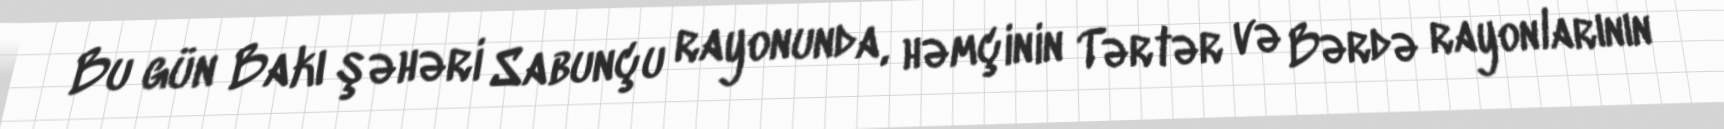
Bu gün Bakı şəhəri Sabunçu rayonunda, həmçinin Tərtər və Bərdə rayonlarının